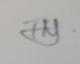
Signature authenticity: genuine